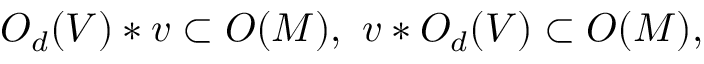
O _ { d } ( V ) * v \subset O ( M ) , \, \, v * O _ { d } ( V ) \subset O ( M ) ,